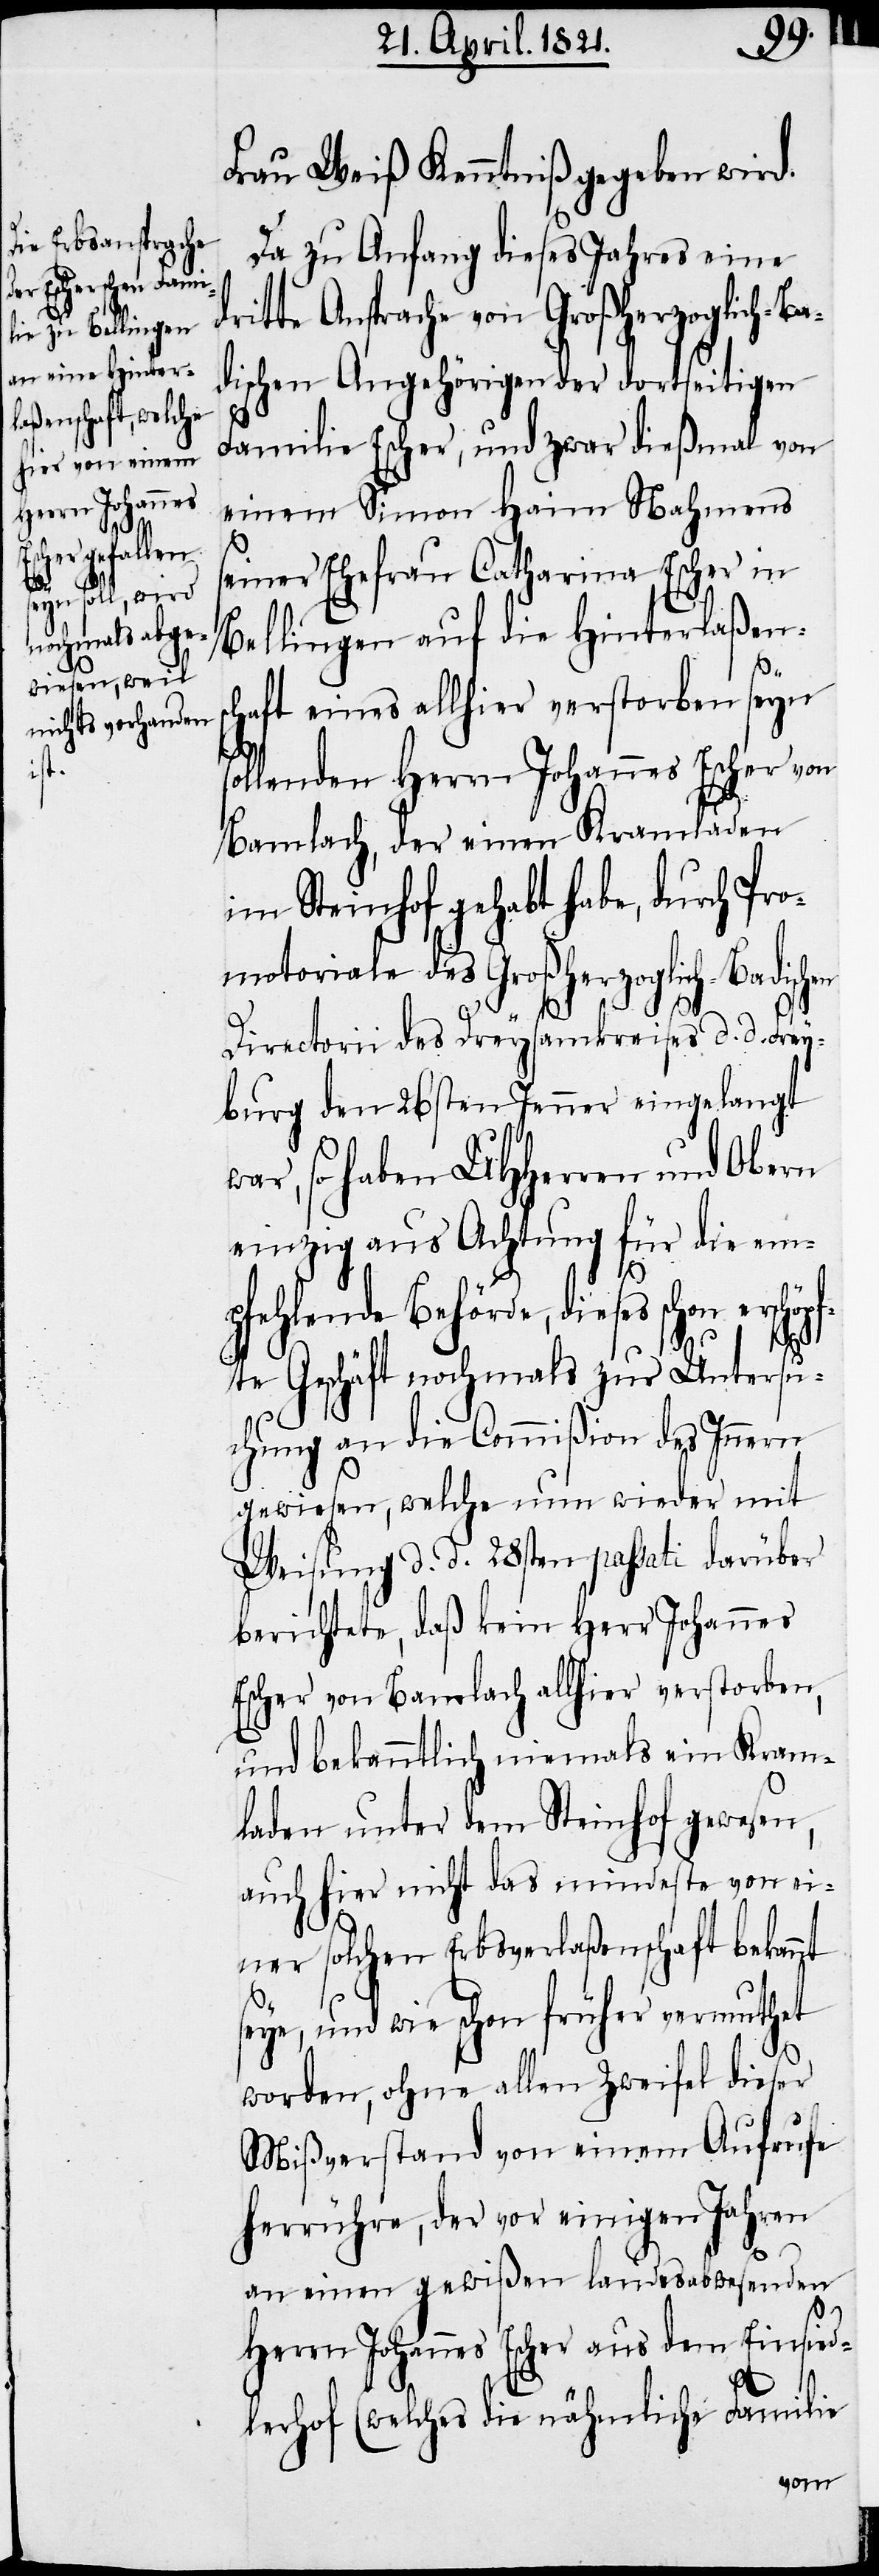
Frau Weiß Kenntniß gegeben wird.
Da zu Anfang dieses Jahres eine
dritte Ansprache von Großherzoglich-Ba¬
dischen Angehörigen der dortseitigen
Familie Escher, und zwar dießmal von
einem Simon Haim Nahmens
seiner Ehefrau Catharina Escher in
Bellingen auf die Hinterlaßens¬
chaft eines allhier verstorben seyn
sollenden Herrn Johannes Escher von
Bamlach, der einen Kramladen
im Steinhof gehabt habe, durch Pro¬
motoriale des Großherzoglich-Badischen
Directorii des Dreysamkreises d. d. Frey¬
burg den 26sten Jenner eingelangt
war, so haben UHHerren und Obern
einzig aus Achtung für die em¬
pfehlende Behörde, dieses schon erschöp¬
fte Geschäft nochmals zur Untersu¬
chung an die Commißion des Innern
gewiesen, welche nun wieder mit
Weisung d. d. 28sten passati darüber
berichtete, daß kein Herr Johannes
Escher von Bamlach allhier verstorben,
und bekanntlich niemals ein Kram¬
laden unter dem Steinhof gewesen,
auch hier nicht das mindeste von ei¬
ner solchen Erbsverlaßenschaft bekannt
seye, und wie schon früher vermuthet
worden, ohne allen Zweifel dieser
Mißverstand von einem Aufrufe
herrühre, der vor einigen Jahren
an einen gewißen landesabwesenden
Herrn Johannes Escher aus dem Einsied¬
lerhof (welches die nähmliche Familie